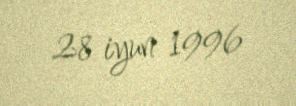
28 iyun 1996